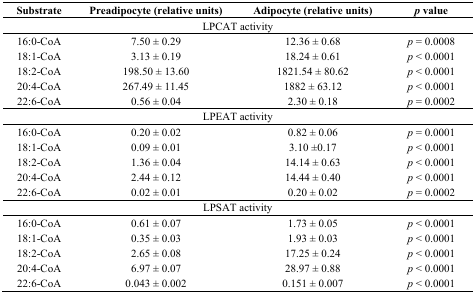
<table><thead><tr><td><b>Substrate</b></td><td><b>Preadipocyte (relative units)</b></td><td><b>Adipocyte (relative units)</b></td><td><b><i>p</i> value</b></td></tr></thead><tbody><tr><td colspan="4">LPCAT activity</td></tr><tr><td>16:0-CoA</td><td>7.50 ± 0.29</td><td>12.36 ± 0.68</td><td><i>p</i> = 0.0008</td></tr><tr><td>18:1-CoA</td><td>3.13 ± 0.19</td><td>18.24 ± 0.61</td><td><i>p</i> &lt; 0.0001</td></tr><tr><td>18:2-CoA</td><td>198.50 ± 13.60</td><td>1821.54 ± 80.62</td><td><i>p</i> &lt; 0.0001</td></tr><tr><td>20:4-CoA</td><td>267.49 ± 11.45</td><td>1882 ± 63.12</td><td><i>p</i> &lt; 0.0001</td></tr><tr><td>22:6-CoA</td><td>0.56 ± 0.04</td><td>2.30 ± 0.18</td><td><i>p</i> = 0.0002</td></tr><tr><td colspan="4">LPEAT activity</td></tr><tr><td>16:0-CoA</td><td>0.20 ± 0.02</td><td>0.82 ± 0.06</td><td><i>p</i> = 0.0001</td></tr><tr><td>18:1-CoA</td><td>0.09 ± 0.01</td><td>3.10 ±0.17</td><td><i>p</i> &lt; 0.0001</td></tr><tr><td>18:2-CoA</td><td>1.36 ± 0.04</td><td>14.14 ± 0.63</td><td><i>p</i> &lt; 0.0001</td></tr><tr><td>20:4-CoA</td><td>2.44 ± 0.12</td><td>14.44 ± 0.40</td><td><i>p</i> &lt; 0.0001</td></tr><tr><td>22:6-CoA</td><td>0.02 ± 0.01</td><td>0.20 ± 0.02</td><td><i>p</i> = 0.0002</td></tr><tr><td colspan="4">LPSAT activity</td></tr><tr><td>16:0-CoA</td><td>0.61 ± 0.07</td><td>1.73 ± 0.05</td><td><i>p</i> &lt; 0.0001</td></tr><tr><td>18:1-CoA</td><td>0.35 ± 0.03</td><td>1.93 ± 0.03</td><td><i>p</i> &lt; 0.0001</td></tr><tr><td>18:2-CoA</td><td>2.65 ± 0.08</td><td>17.25 ± 0.24</td><td><i>p</i> &lt; 0.0001</td></tr><tr><td>20:4-CoA</td><td>6.97 ± 0.07</td><td>28.97 ± 0.88</td><td><i>p</i> &lt; 0.0001</td></tr><tr><td>22:6-CoA</td><td>0.043 ± 0.002</td><td>0.151 ± 0.007</td><td><i>p</i> &lt; 0.0001</td></tr></tbody></table>